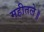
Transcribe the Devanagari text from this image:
महीतले॥